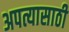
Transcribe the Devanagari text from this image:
अपत्यासाठी